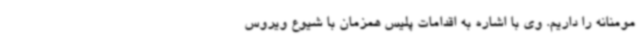
مومنانه را داریم. وی با اشاره به اقدامات پلیس همزمان با شیوع ویروس